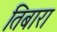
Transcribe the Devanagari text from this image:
तिबारा